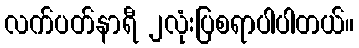
လက်ပတ်နာရီ ၂လုံးပြစရာပါပါတယ်။